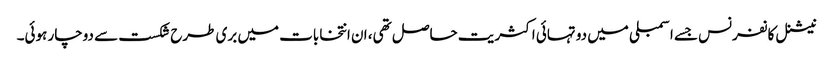
نیشنل کانفرنس جسے اسمبلی میں دو تہائی اکثریت حاصل تھی، ان انتخابات میں بری طرح شکست سے دوچار ہوئی۔